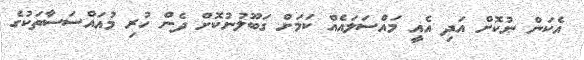
އެކަން ނުކޮށް އަދި އެއީ މައްސަލައެއް ކަމަށް ގަބޫލުނުކޮށް ދެން ހުރި މުއައްސަސާތަކުގެ